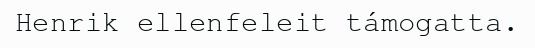
Henrik ellenfeleit támogatta.